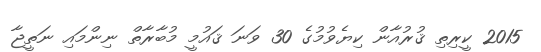
2015 ކީރިތި ޤުރުއާން ކިޔެވުމުގެ 30 ވަނަ ޤައުމީ މުބާރާތް ނިންމައި ނަތީޖާ